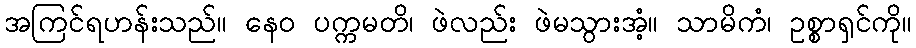
အကြင်ရဟန်းသည်။ နေဝ ပက္ကမတိ၊ ဖဲလည်း ဖဲမသွားအံ့။ သာမိကံ၊ ဥစ္စာရှင်ကို။